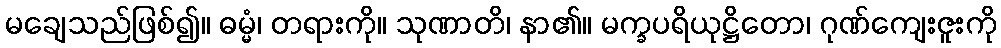
မချေသည်ဖြစ်၍။ ဓမ္မံ၊ တရားကို။ သုဏာတိ၊ နာ၏။ မက္ခပရိယုဋ္ဌိတော၊ ဂုဏ်ကျေးဇူးကို